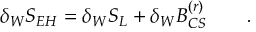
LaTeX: \delta _ { W } S _ { E H } = \delta _ { W } S _ { L } + \delta _ { W } { \cal B } _ { C S } ^ { ( r ) } \qquad .